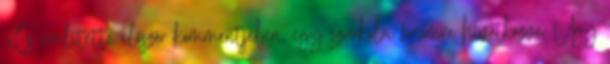
KCs említette először kommentjében, egy szurkolói fórumra hivatkozva. Úgy